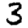
Digit: 3